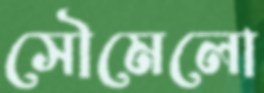
সৌমেলো